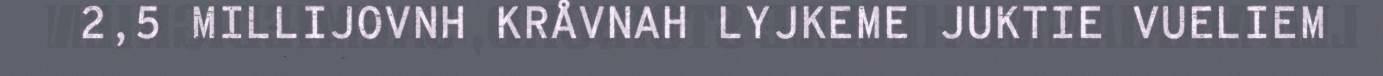
2,5 MILLIJOVNH KRÅVNAH LYJKEME JUKTIE VUELIEM